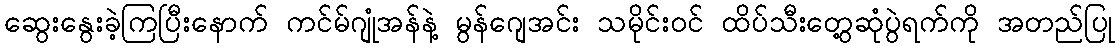
ဆွေးနွေးခဲ့ကြပြီးနောက် ကင်မ်ဂျုံအန်နဲ့ မွန်ဂျေအင်း သမိုင်းဝင် ထိပ်သီးတွေ့ဆုံပွဲရက်ကို အတည်ပြု